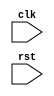
module while_loop_basic(
    input clk,
    input rst
);

reg [31:0] counter;
reg running;

always @ (posedge clk or posedge rst)
begin
    if (rst)
    begin
        counter <= 0;
        running <= 1'b0;
    end
    else if (running)
    begin
        // Loop condition
        if (counter < 10)
        begin
            // Statements inside the loop
            $display("Counter = %d", counter);
            counter <= counter + 1;
        end
        else
        begin
            // Exit the while loop
            running <= 1'b0;
        end
    end
end

endmodule